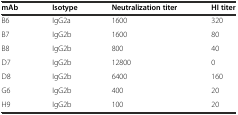
<table><thead><tr><td><b>mAb</b></td><td><b>Isotype</b></td><td><b>Neutralization titer</b></td><td><b>HI titer</b></td></tr></thead><tbody><tr><td>B6</td><td>IgG2a</td><td>1600</td><td>320</td></tr><tr><td>B7</td><td>IgG2b</td><td>1600</td><td>80</td></tr><tr><td>B8</td><td>IgG2b</td><td>800</td><td>40</td></tr><tr><td>D7</td><td>IgG2b</td><td>12800</td><td>0</td></tr><tr><td>D8</td><td>IgG2b</td><td>6400</td><td>160</td></tr><tr><td>G6</td><td>IgG2b</td><td>400</td><td>20</td></tr><tr><td>H9</td><td>IgG2b</td><td>100</td><td>20</td></tr></tbody></table>